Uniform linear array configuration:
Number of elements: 24
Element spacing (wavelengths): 1
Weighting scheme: hamming
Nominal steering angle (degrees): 0
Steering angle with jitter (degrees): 1.597
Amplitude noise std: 0.05
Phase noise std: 0.05

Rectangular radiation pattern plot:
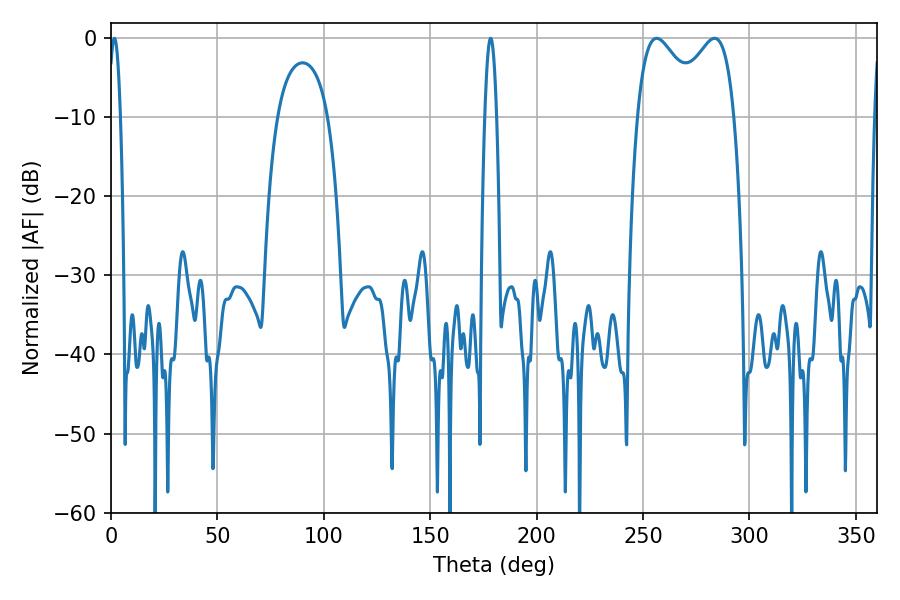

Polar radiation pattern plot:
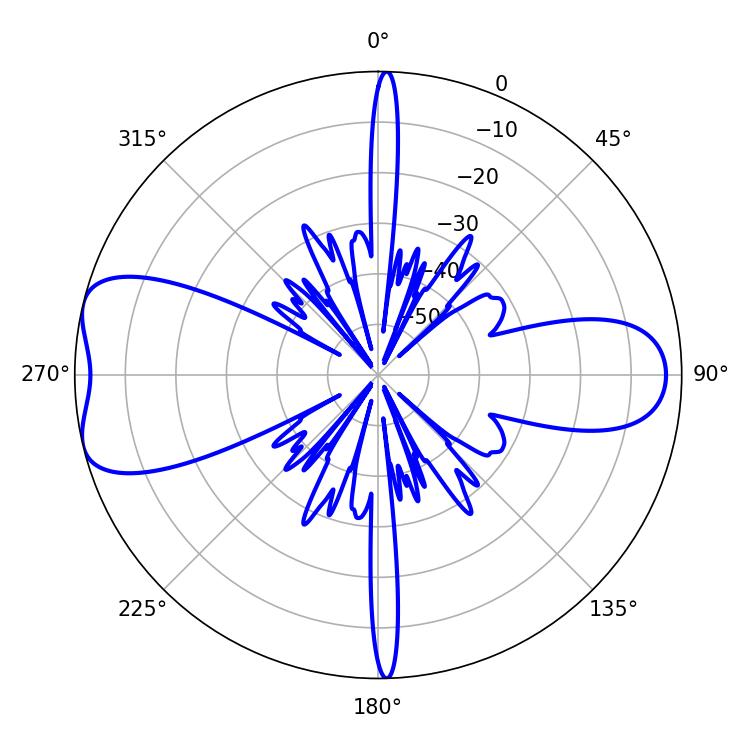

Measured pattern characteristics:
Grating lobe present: TRUE
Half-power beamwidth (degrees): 2.88
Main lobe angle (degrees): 1.62